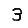
Digit: 3